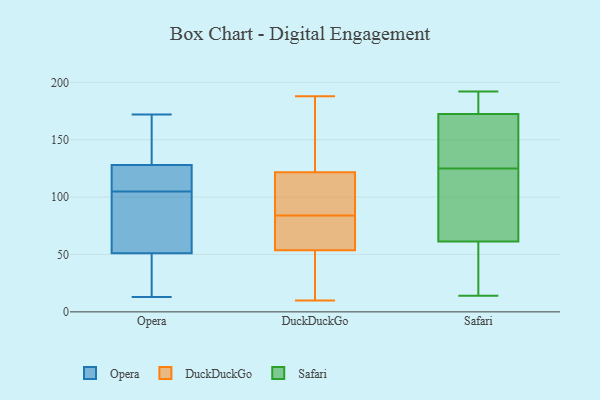
{"axis": {"x": "Demand Index", "y": "Value"}, "legend": ["DuckDuckGo", "Opera", "Safari"], "data": [{"x": "", "y": 66, "type": "Opera"}, {"x": "", "y": 38, "type": "Opera"}, {"x": "", "y": 115, "type": "Opera"}, {"x": "", "y": 149, "type": "Opera"}, {"x": "", "y": 172, "type": "Opera"}, {"x": "", "y": 149, "type": "Opera"}, {"x": "", "y": 42, "type": "Opera"}, {"x": "", "y": 51, "type": "Opera"}, {"x": "", "y": 95, "type": "Opera"}, {"x": "", "y": 68, "type": "Opera"}, {"x": "", "y": 13, "type": "Opera"}, {"x": "", "y": 127, "type": "Opera"}, {"x": "", "y": 128, "type": "Opera"}, {"x": "", "y": 124, "type": "Opera"}, {"x": "", "y": 53, "type": "DuckDuckGo"}, {"x": "", "y": 43, "type": "DuckDuckGo"}, {"x": "", "y": 112, "type": "DuckDuckGo"}, {"x": "", "y": 61, "type": "DuckDuckGo"}, {"x": "", "y": 188, "type": "DuckDuckGo"}, {"x": "", "y": 81, "type": "DuckDuckGo"}, {"x": "", "y": 72, "type": "DuckDuckGo"}, {"x": "", "y": 84, "type": "DuckDuckGo"}, {"x": "", "y": 108, "type": "DuckDuckGo"}, {"x": "", "y": 104, "type": "DuckDuckGo"}, {"x": "", "y": 128, "type": "DuckDuckGo"}, {"x": "", "y": 34, "type": "DuckDuckGo"}, {"x": "", "y": 156, "type": "DuckDuckGo"}, {"x": "", "y": 10, "type": "DuckDuckGo"}, {"x": "", "y": 125, "type": "DuckDuckGo"}, {"x": "", "y": 56, "type": "DuckDuckGo"}, {"x": "", "y": 156, "type": "DuckDuckGo"}, {"x": "", "y": 13, "type": "DuckDuckGo"}, {"x": "", "y": 94, "type": "DuckDuckGo"}, {"x": "", "y": 125, "type": "Safari"}, {"x": "", "y": 133, "type": "Safari"}, {"x": "", "y": 63, "type": "Safari"}, {"x": "", "y": 145, "type": "Safari"}, {"x": "", "y": 89, "type": "Safari"}, {"x": "", "y": 14, "type": "Safari"}, {"x": "", "y": 169, "type": "Safari"}, {"x": "", "y": 83, "type": "Safari"}, {"x": "", "y": 183, "type": "Safari"}, {"x": "", "y": 56, "type": "Safari"}, {"x": "", "y": 184, "type": "Safari"}, {"x": "", "y": 192, "type": "Safari"}, {"x": "", "y": 49, "type": "Safari"}]}